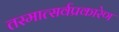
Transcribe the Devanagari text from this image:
तस्मात्सर्वप्रकारेण